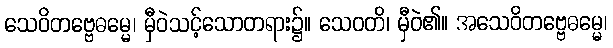
သေဝိတဗ္ဗေဓမ္မေ၊ မှီဝဲသင့်သောတရား၌။ သေဝတိ၊ မှီဝဲ၏။ အသေဝိတဗ္ဗေဓမ္မေ၊